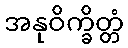
အနုဝိက္ခိတ္တံ